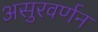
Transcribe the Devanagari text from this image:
असुरवर्णन